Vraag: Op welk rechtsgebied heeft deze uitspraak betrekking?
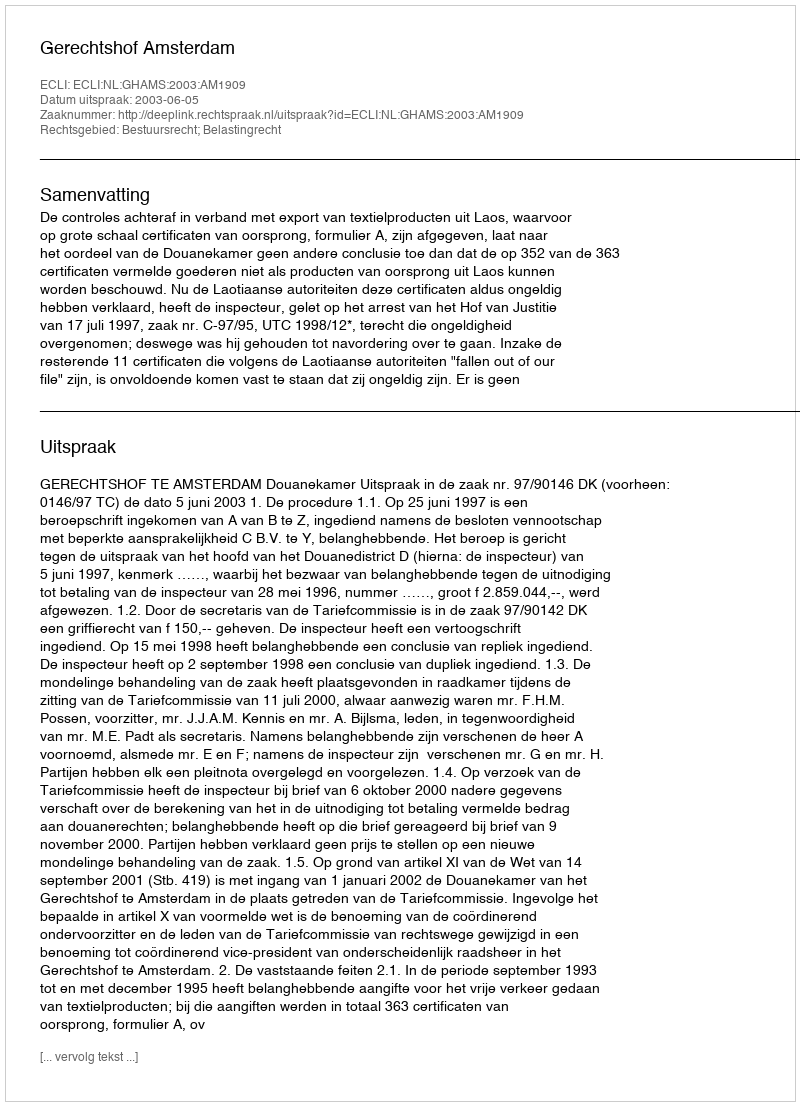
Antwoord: Bestuursrecht; Belastingrecht